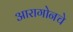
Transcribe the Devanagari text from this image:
आरागोनचे